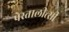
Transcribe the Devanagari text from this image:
पेस्तालीत्सी